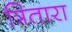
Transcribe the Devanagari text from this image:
त्रितारा